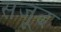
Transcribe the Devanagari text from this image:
सजूद